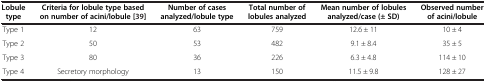
<table><thead><tr><td><b>Lobule type</b></td><td><b>Criteria for lobule type based on number of acini/lobule [39]</b></td><td><b>Number of cases analyzed/lobule type</b></td><td><b>Total number of lobules analyzed</b></td><td><b>Mean number of lobules analyzed/case (± SD)</b></td><td><b>Observed number of acini/lobule</b></td></tr></thead><tbody><tr><td>Type 1</td><td>12</td><td>63</td><td>759</td><td>12.6 ± 11</td><td>10 ± 4</td></tr><tr><td>Type 2</td><td>50</td><td>53</td><td>482</td><td>9.1 ± 8.4</td><td>35 ± 5</td></tr><tr><td>Type 3</td><td>80</td><td>36</td><td>226</td><td>6.3 ± 4.8</td><td>114 ± 10</td></tr><tr><td>Type 4</td><td>Secretory morphology</td><td>13</td><td>150</td><td>11.5 ± 9.8</td><td>128 ± 27</td></tr></tbody></table>